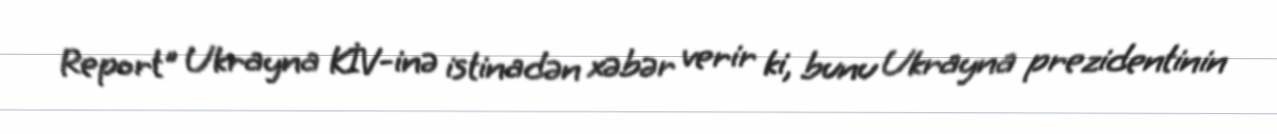
Report" Ukrayna KİV-inə istinadən xəbər verir ki, bunu Ukrayna prezidentinin